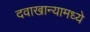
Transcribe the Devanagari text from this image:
दवाखान्यामध्ये